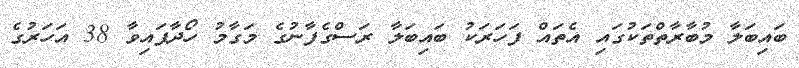
ބައިބަލާ މުބާރާތްތަކުގައި އެތައް ފަހަރަކު ބައިބަލާ ރަސްގެފާނުގެ މަގާމު ހޯދާފައިވާ 38 އަހަރުގެ